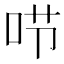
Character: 𠰱